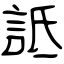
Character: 詆